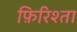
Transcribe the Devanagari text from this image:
फ़िरिश्ता